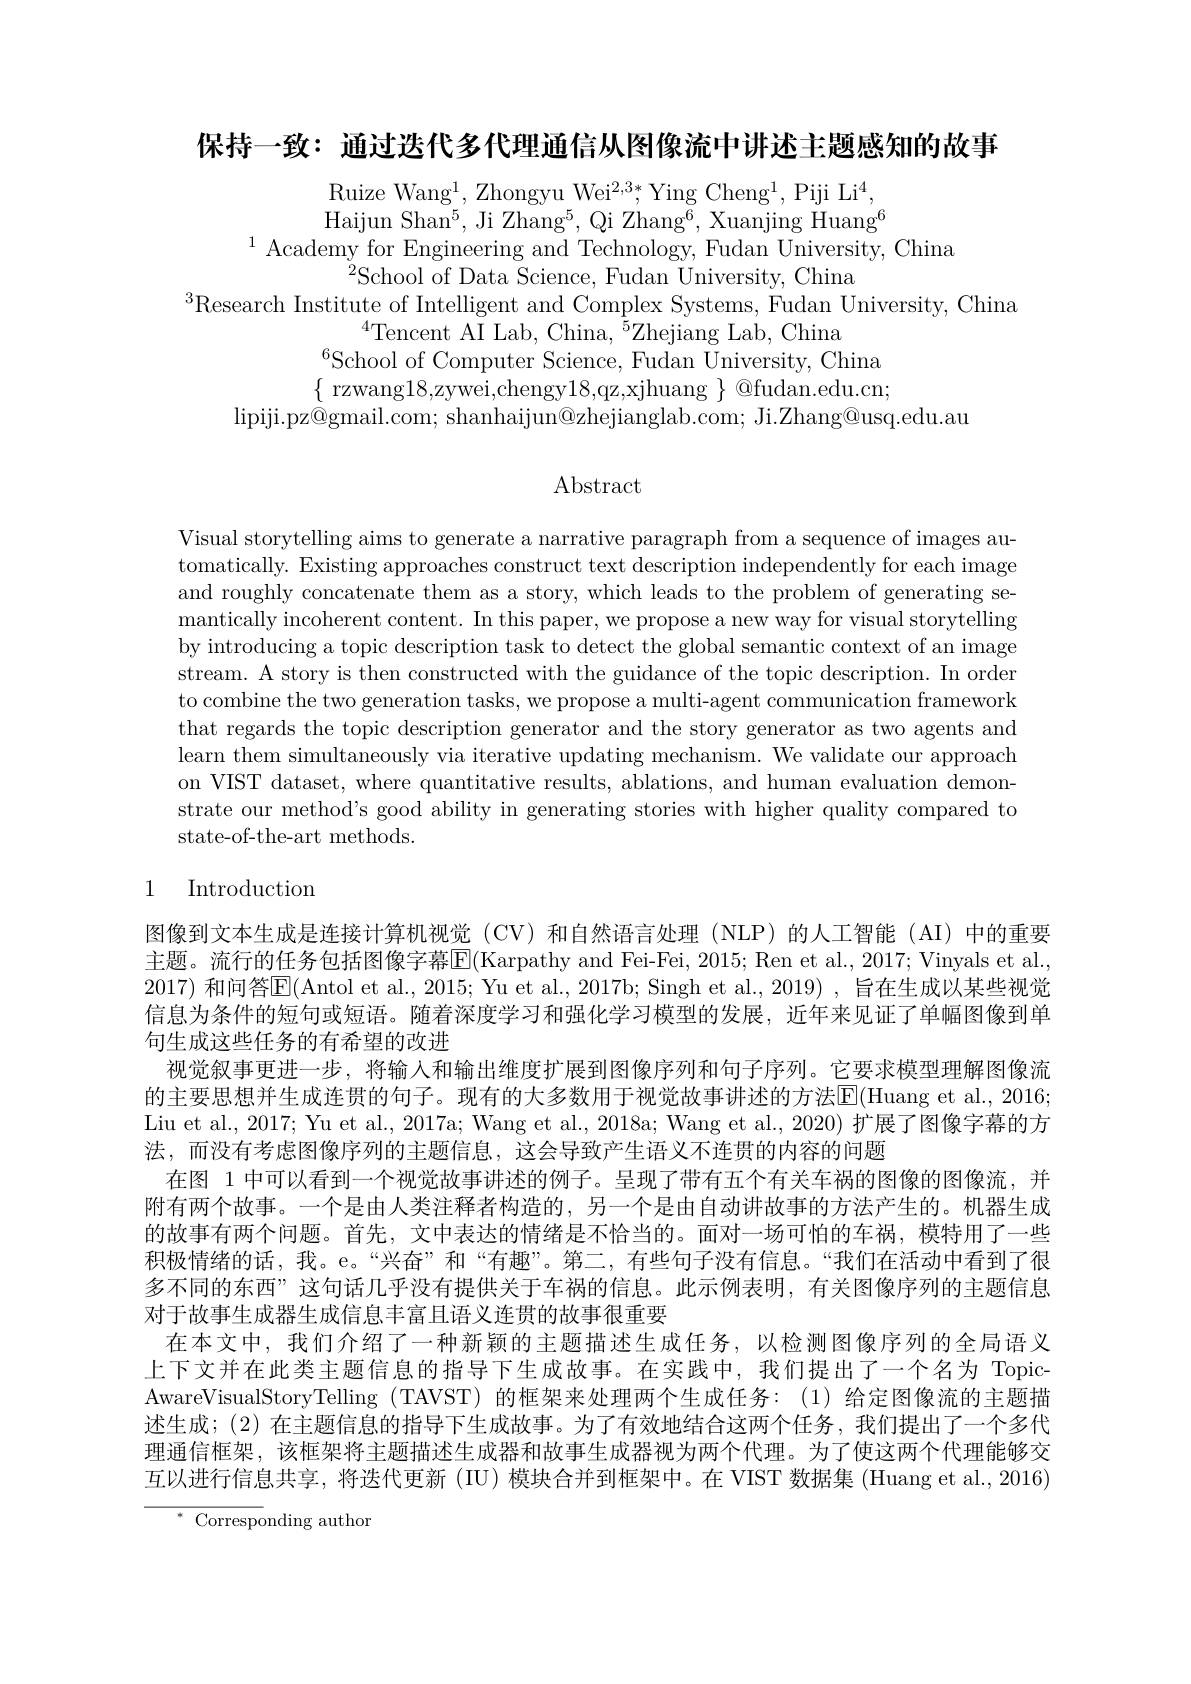
保持一致：通过迭代多代理通信从图像流中讲述主题感知的故事

Ruize Wang$^1$,Zhongyu Wei$^2,3*$,Ying Cheng$^1$,Piji Li$^4$, Haijun Shan$^5$, Ji Zhang$^5$, Qi Zhang$^6$,Xuanjing Huang$^6$
$^{1}$Academy for Engineering and Technology, Fudan University, China
$^{2}$School of Data Science, Fudan University, China
$^3$Research Institute of Intelligent and Complex Systems, Fudan University, China
$^{4}$Tencent AI Lab, China, $^{\tilde{5}}$Zhejiang Lab, China
$^{6}$School of Computer'Science, Fudan University, China $\{$ rzwang18,zywei,chengy18,qz,xjhuang $\}$ @fudan.edu.cn;
lipiji.pz@gmail.com; shanhaijun@zhejianglab.com; Ji.Zhang@usq.edu.au

## $\operatorname{Abstract}$

Visual storytelling aims to generate a narrative paragraph from a sequence of images automatically. Existing approaches construct text description independently for each image and roughly concatenate them as a story, which leads to the problem of generating semantically incoherent content. In this paper, we propose a new way for visual storytelling by introducing a topic description task to detect the global semantic context of an image stream. A story is then constructed with the guidance of the topic description. In order to combine the two generation tasks, we propose a multi-agent communication framework that regards the topic description generator and the story generator as two agents and learn them simultaneously via iterative updating mechanism. We validate our approach on VIST dataset, where quantitative results, ablations, and human evaluation demonstrate our method's good ability in generating stories with higher quality compared to state-of-the-art methods.

# 1 Introduction

图像到文本生成是连接计算机视觉(CV)和自然语言处理(NLP)的人工智能(AI)中的重要主题。流行的任务包括图像字幕$\overline{\mathrm{E}}($Karpathy and Fei-Fei, 2015; Ren et al., 2017; Vinyals et al., 2017) 和问答$\overline{\mathrm{E}}($Antol et al., 2015; Yu et al., 2017b; Singh et al., 2019) , 旨在生成以某些视觉信息为条件的短句或短语。随着深度学习和强化学习模型的发展，近年来见证了单幅图像到单句生成这些任务的有希望的改进
视觉叙事更进一步，将输入和输出维度扩展到图像序列和句子序列。它要求模型理解图像流的主要思想并生成连贯的句子。现有的大多数用于视觉故事讲述的方法E(Huang et al.,2016; Liu et al., 2017; Yu et al., 2017a; Wang et al., 2018a; Wang et al., 2020) 扩展了图像字幕的方法，而没有考虑图像序列的主题信息，这会导致产生语义不连贯的内容的问题
在图 1 中可以看到一个视觉故事讲述的例子。呈现了带有五个有关车祸的图像的图像流，并附有两个故事。一个是由人类注释者构造的，另一个是由自动讲故事的方法产生的。机器生成的故事有两个问题。首先，文中表达的情绪是不恰当的。面对一场可怕的车祸，模特用了一些积极情绪的话，我。e。“兴奋”和“有趣”。第二，有些句子没有信息。“我们在活动中看到了很多不同的东西”这句话几乎没有提供关于车祸的信息。此示例表明，有关图像序列的主题信息对于故事生成器生成信息丰富且语义连贯的故事很重要
在本文中，我们介绍了一种新颖的主题描述生成任务，以检测图像序列的全局语义上下文并在此类主题信息的指导下生成故事。在实践中，我们提出了一个名为 TopicAwareVisualStoryTelling (TAVST) 的框架来处理两个生成任务：(1) 给定图像流的主题描述生成；(2)在主题信息的指导下生成故事。为了有效地结合这两个任务，我们提出了一个多代理通信框架，该框架将主题描述生成器和故事生成器视为两个代理。为了使这两个代理能够交互以进行信息共享，将迭代更新 (IU) 模块合并到框架中。在 VIST 数据集 (Huang et al., 2016)
$^{*}{\mathrm{~Corresponding~author}}$